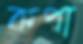
কপা